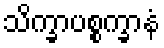
သိက္ခာပစ္စက္ခာနံ